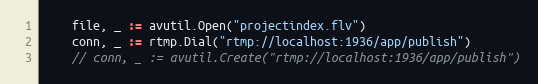
Language: Go
	file, _ := avutil.Open("projectindex.flv")
	conn, _ := rtmp.Dial("rtmp://localhost:1936/app/publish")
	// conn, _ := avutil.Create("rtmp://localhost:1936/app/publish")